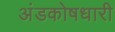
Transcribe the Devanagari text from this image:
अंडकोषधारी